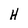
Character: H